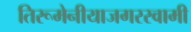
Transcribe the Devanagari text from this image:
तिरूमेनीयाजगरस्वामी